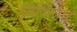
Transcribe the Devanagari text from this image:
जिजिसार